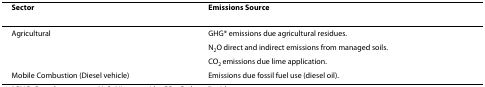
<table><thead><tr><td><b>Sector</b></td><td><b>Emissions Source</b></td></tr></thead><tbody><tr><td>Agricultural</td><td>GHG* emissions due agricultural residues.</td></tr><tr><td></td><td>N<sub>2</sub>O direct and indirect emissions from managed soils.</td></tr><tr><td></td><td>CO<sub>2 </sub>emissions due lime application.</td></tr><tr><td>Mobile Combustion (Diesel vehicle)</td><td>Emissions due fossil fuel use (diesel oil).</td></tr></tbody></table>